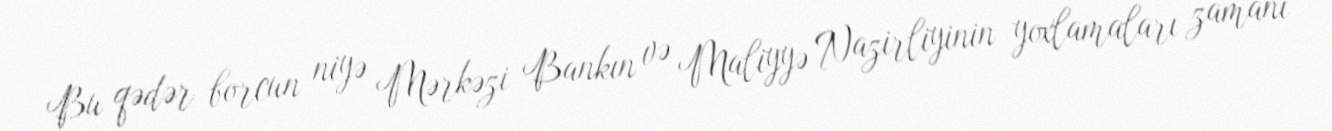
Bu qədər borcun niyə Mərkəzi Bankın və Maliyyə Nazirliyinin yoxlamaları zamanı